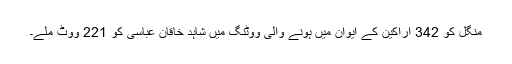
منگل کو 342 اراکین کے ایوان میں ہونے والی ووٹنگ میں شاہد خاقان عباسی کو 221 ووٹ ملے۔